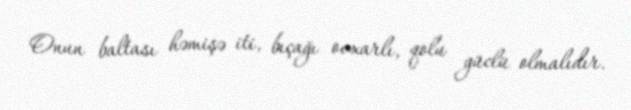
Onun baltası həmişə iti, bıçağı ovxarlı, qolu güclü olmalıdır.